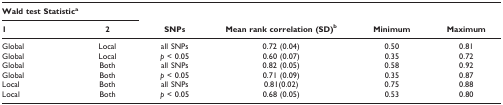
<table><thead><tr><td colspan="2"><b>Wald test Statistic<sup>a</sup></b></td><td></td><td></td><td></td><td></td></tr><tr><td><b>1</b></td><td><b>2</b></td><td><b>SNPs</b></td><td><b>Mean rank correlation (SD)<sup>b</sup></b></td><td><b>Minimum</b></td><td><b>Maximum</b></td></tr></thead><tbody><tr><td>Global</td><td>Local</td><td>all SNPs</td><td>0.72 (0.04)</td><td>0.50</td><td>0.81</td></tr><tr><td>Global</td><td>Local</td><td><i>p </i>&lt; 0.05</td><td>0.60 (0.07)</td><td>0.35</td><td>0.72</td></tr><tr><td>Global</td><td>Both</td><td>all SNPs</td><td>0.82 (0.05)</td><td>0.58</td><td>0.92</td></tr><tr><td>Global</td><td>Both</td><td><i>p </i>&lt; 0.05</td><td>0.71 (0.09)</td><td>0.35</td><td>0.87</td></tr><tr><td>Local</td><td>Both</td><td>all SNPs</td><td>0.81(0.02)</td><td>0.75</td><td>0.88</td></tr><tr><td>Local</td><td>Both</td><td><i>p </i>&lt; 0.05</td><td>0.68 (0.05)</td><td>0.53</td><td>0.80</td></tr></tbody></table>